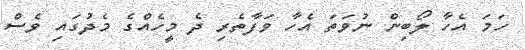
ހަމަ އެހާ ލޯބިން ނުވަތަ އެހާ ވަފާތެރި ދެ މީހެއްގެ މެދުގައި ވެސް